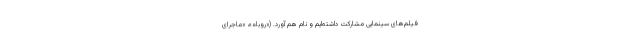
فیلم‌های سینمایی مشارکت داشته‌ایم و نام هم آورد. («روباه»، «ماجرای